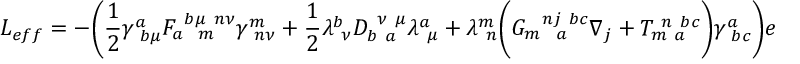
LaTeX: L _ { e f f } = - \Biggl ( \frac { 1 } { 2 } \gamma _ { ~ b \mu } ^ { a } F _ { a ~ ~ m } ^ { ~ b \mu ~ n \nu } \gamma _ { ~ n \nu } ^ { m } + \frac { 1 } { 2 } \lambda _ { ~ \nu } ^ { b } D _ { b ~ a } ^ { ~ \nu ~ \mu } \lambda _ { ~ \mu } ^ { a } + \lambda _ { ~ n } ^ { m } \biggl ( G _ { m ~ ~ a } ^ { ~ ~ n j ~ b c } \nabla _ { j } + T _ { m ~ a } ^ { ~ n ~ b c } \biggr ) \gamma _ { ~ b c } ^ { a } \Biggr ) e